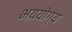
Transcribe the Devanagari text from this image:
भययोग्य